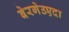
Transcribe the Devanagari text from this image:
बेरगेउएदा